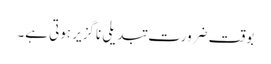
بوقت ضرورت تبدیلی ناگزیر ہوتی ہے۔